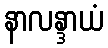
နာလန္ဒာယံ